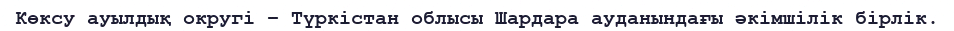
Көксу ауылдық округі – Түркістан облысы Шардара ауданындағы әкімшілік бірлік.